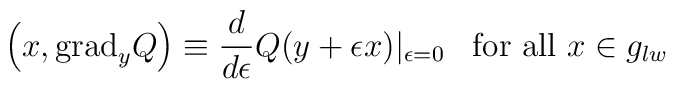
\left( x,\mbox{grad}_y Q \right) \equiv \frac{d}{d\epsilon}Q(y +\epsilon x)|_{\epsilon=0} \;\;\;\mbox{for all }x \in g_{lw}